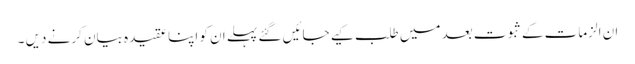
ان الزمات کےثبوت بعد میں طلب کیے جائیں گئے پہلے ان کو اپنا عقیدہ بیان کرنے دیں ۔